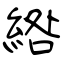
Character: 綹